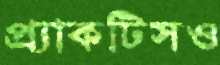
প্র্যাকটিসও